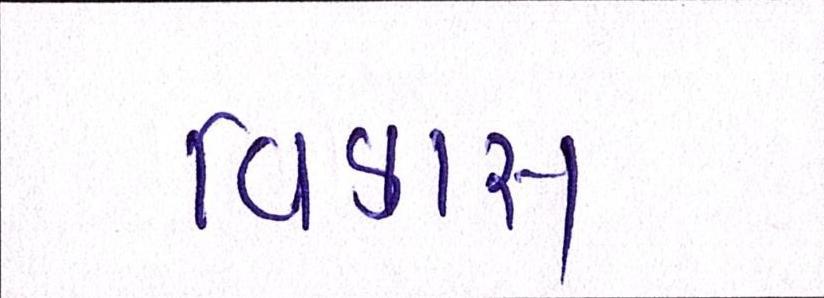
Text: વિકાસ